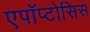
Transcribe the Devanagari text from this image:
एपॉप्टोसिस